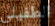
الطفيلي